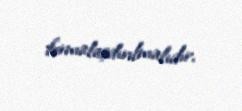
formalaşdırılmalıdır.